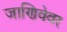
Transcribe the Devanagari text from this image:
जाणिवेवर